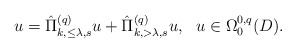
\begin{align*} u=\hat\Pi^{(q)}_{k,\leq\lambda,s}u+\hat\Pi^{(q)}_{k,>\lambda,s}u,\ \ u\in\Omega^{0,q}_0(D).\end{align*}